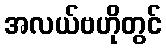
အလယ်ဗဟိုတွင်